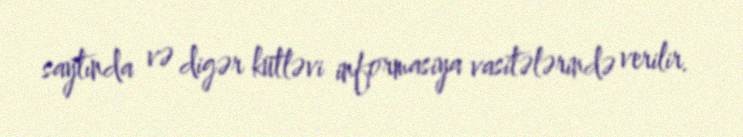
saytında və digər kütləvi informasiya vasitələrində verilir.